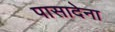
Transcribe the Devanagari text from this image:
पासादेना